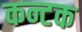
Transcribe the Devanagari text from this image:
कन्टक